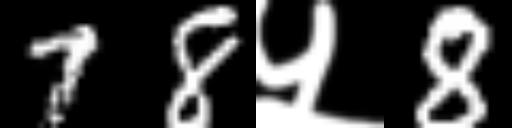
Text: 78५8